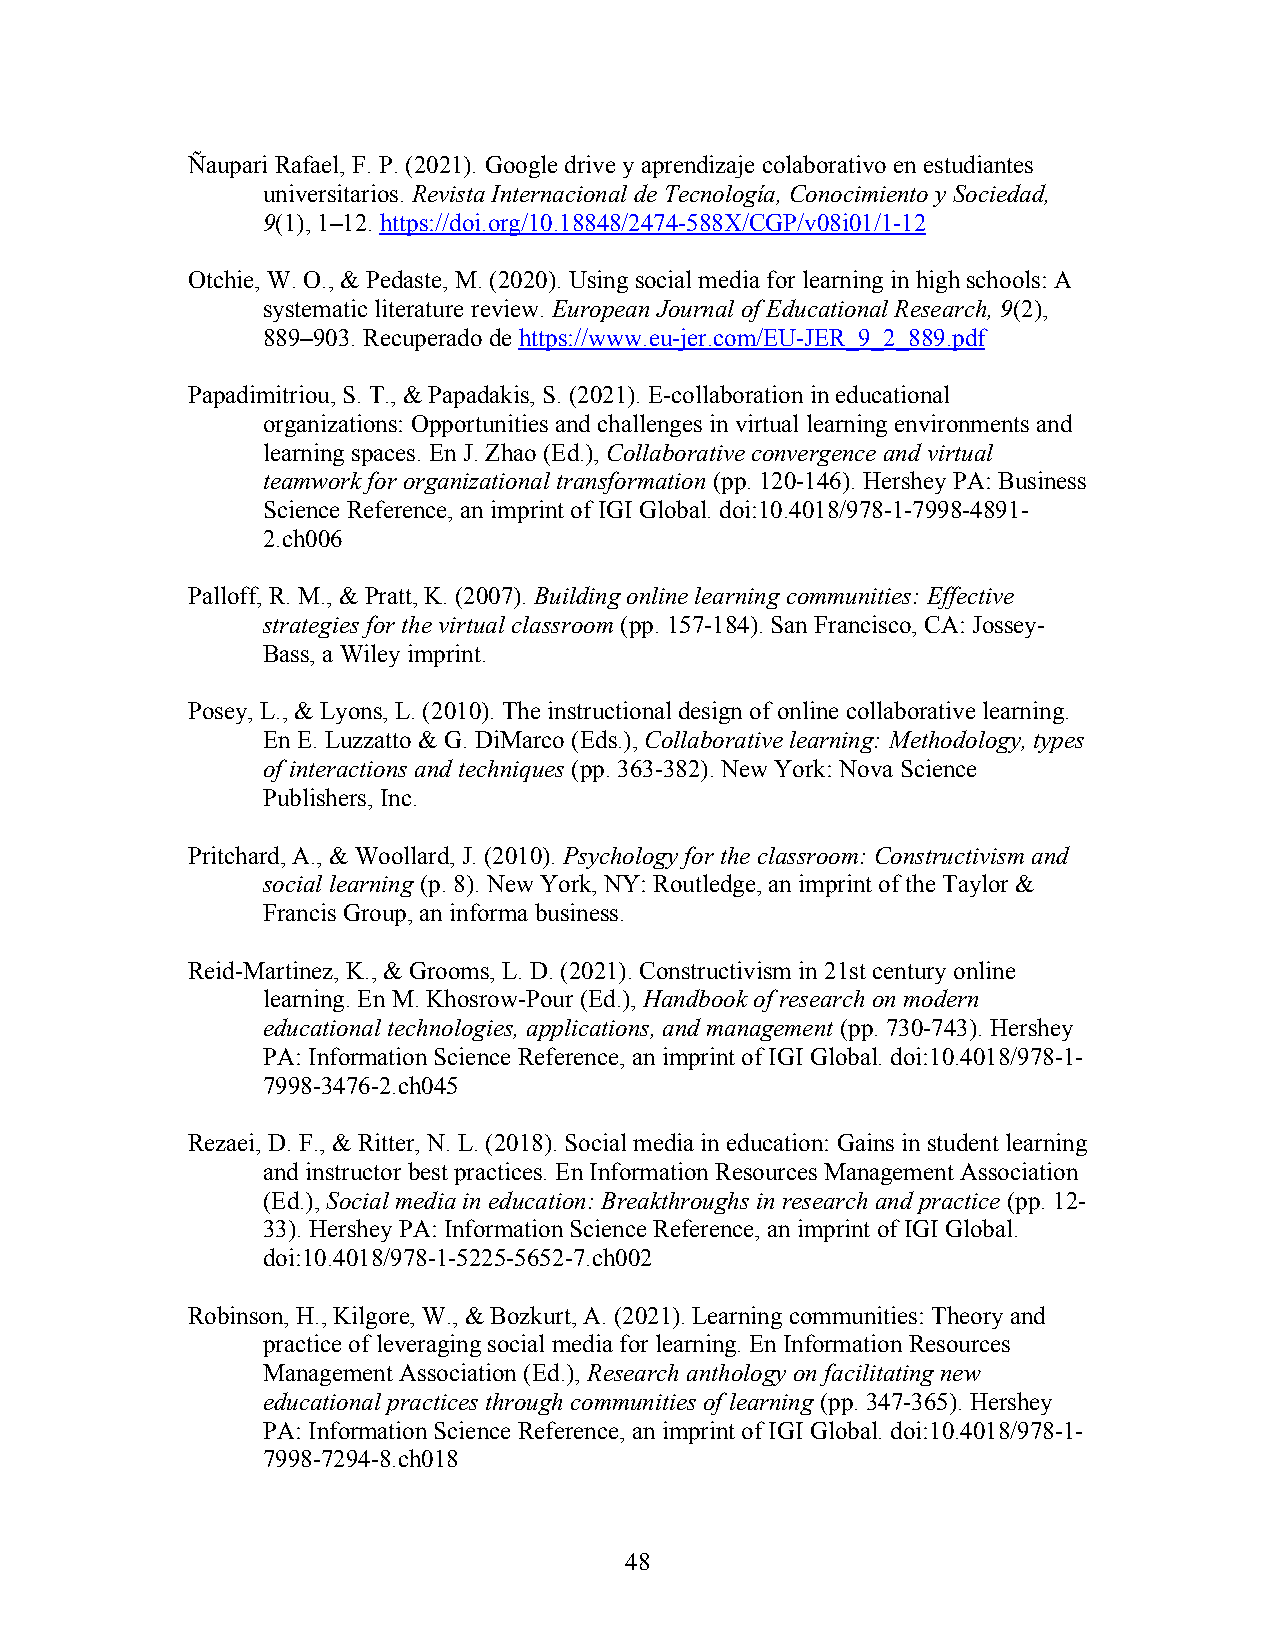
Ñaupari Rafael, F. P. (2021). Google drive y aprendizaje colaborativo en estudiantes
 universitarios. Revista Internacional de Tecnología, Conocimiento y Sociedad,
 9(1), 1–12. https://doi.org/10.18848/2474-588X/CGP/v08i01/1-12
 Otchie, W. O., & Pedaste, M. (2020). Using social media for learning in high schools: A
 systematic literature review. European Journal of Educational Research, 9(2),
 889–903. Recuperado de https://www.eu-jer.com/EU-JER_9_2_889.pdf
 Papadimitriou, S. T., & Papadakis, S. (2021). E-collaboration in educational
 organizations: Opportunities and challenges in virtual learning environments and
 learning spaces. En J. Zhao (Ed.), Collaborative convergence and virtual
 teamwork for organizational transformation (pp. 120-146). Hershey PA: Business
 Science Reference, an imprint of IGI Global. doi:10.4018/978-1-7998-4891-
 2.ch006
 Palloff, R. M., & Pratt, K. (2007). Building online learning communities: Effective
 strategies for the virtual classroom (pp. 157-184). San Francisco, CA: Jossey-
 Bass, a Wiley imprint.
 Posey, L., & Lyons, L. (2010). The instructional design of online collaborative learning.
 En E. Luzzatto & G. DiMarco (Eds.), Collaborative learning: Methodology, types
 of interactions and techniques (pp. 363-382). New York: Nova Science
 Publishers, Inc.
 Pritchard, A., & Woollard, J. (2010). Psychology for the classroom: Constructivism and
 social learning (p. 8). New York, NY: Routledge, an imprint of the Taylor &
 Francis Group, an informa business.
 Reid-Martinez, K., & Grooms, L. D. (2021). Constructivism in 21st century online
 learning. En M. Khosrow-Pour (Ed.), Handbook of research on modern
 educational technologies, applications, and management (pp. 730-743). Hershey
 PA: Information Science Reference, an imprint of IGI Global. doi:10.4018/978-1-
 7998-3476-2.ch045
 Rezaei, D. F., & Ritter, N. L. (2018). Social media in education: Gains in student learning
 and instructor best practices. En Information Resources Management Association
 (Ed.), Social media in education: Breakthroughs in research and practice (pp. 12-
 33). Hershey PA: Information Science Reference, an imprint of IGI Global.
 doi:10.4018/978-1-5225-5652-7.ch002
 Robinson, H., Kilgore, W., & Bozkurt, A. (2021). Learning communities: Theory and
 practice of leveraging social media for learning. En Information Resources
 Management Association (Ed.), Research anthology on facilitating new
 educational practices through communities of learning (pp. 347-365). Hershey
 PA: Information Science Reference, an imprint of IGI Global. doi:10.4018/978-1-
 7998-7294-8.ch018
 48